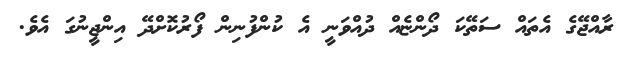
ރާއްޖޭގެ އެތައް ސަތޭކަ ދޯންޏެއް ދުއްވަނީ އެ ކުންފުނިން ފޯރުކޮށްދޭ އިންޖީނުގަ އެވެ.